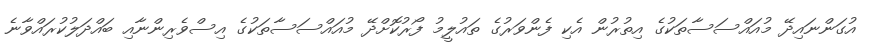
އުގަންނައިދޭ މުއައްސަސާތަކުގެ އިތުރުން އެކި ފެންވަރުގެ ތައުލީމު ފޯރުކޮށްދޭ މުއައްސަސާތަކުގެ އިސްވެރިންނާއި ބައްދަލުކުރައްވާނެ